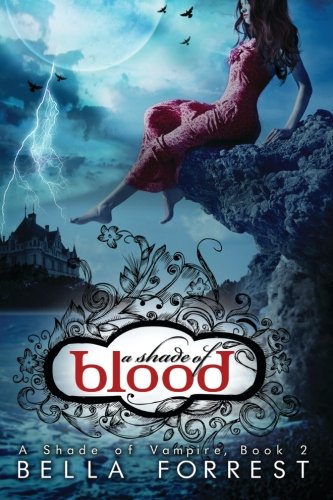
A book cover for A Shade Of Vampire 2: A Shade Of Blood; Bella Forrest; Romance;